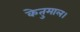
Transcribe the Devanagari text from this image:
केतुमाल।